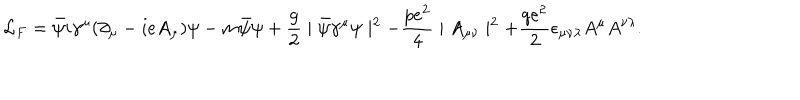
{ \cal L } _ { F } = \bar { \psi } i \gamma ^ { \mu } ( \partial _ { \mu } - i e A _ { \mu } ) \psi - m \bar { \psi } \psi + { \frac { g } { 2 } } \mid \bar { \psi } \gamma ^ { \mu } \psi \mid ^ { 2 } - { \frac { p e ^ { 2 } } { 4 } } \mid A _ { \mu \nu } \mid ^ { 2 } + { \frac { q e ^ { 2 } } { 2 } } \epsilon _ { \mu \nu \lambda } A ^ { \mu } A ^ { \nu \lambda } .